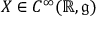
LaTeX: X \in C ^ { \infty } ( \mathbb { R } , { \mathfrak { g } } )